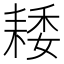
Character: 𦓽